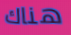
هناك